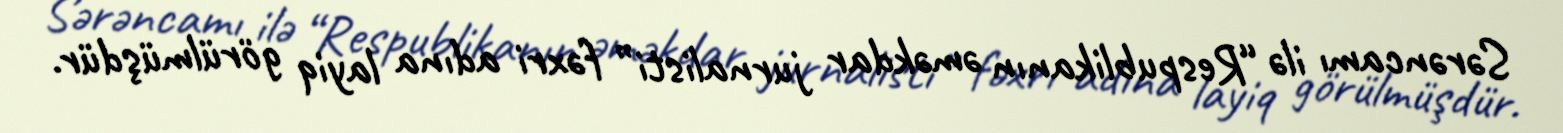
Sərəncamı ilə “Respublikanın əməkdar jurnalisti” fəxri adına layiq görülmüşdür.